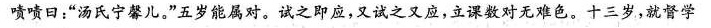
啧啧曰：”汤氏宁馨儿。”五岁能属对。试之即应，又试之又应，立课数对无难色。十三岁，就督学